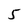
Character: 5